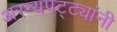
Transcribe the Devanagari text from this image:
अरन्यपट्ट्यांनी